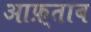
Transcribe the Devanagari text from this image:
आफ़्ताब